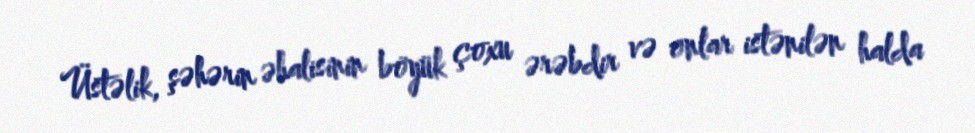
Üstəlik, şəhərin əhalisinin böyük çoxu ərəbdir və onlar istənilən halda